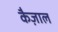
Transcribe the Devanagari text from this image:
कैज़ाल